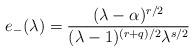
LaTeX: \begin{align*}e_{-}(\lambda)=\frac{(\lambda-\alpha)^{r/2}}{(\lambda-1)^{(r+q)/2}\lambda^{s/2}}\end{align*}